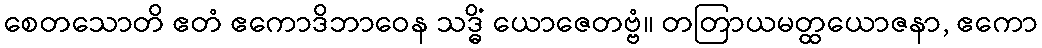
စေတသောတိ ဧတံ ဧကောဒိဘာဝေန သဒ္ဓိံ ယောဇေတဗ္ဗံ။ တတြာယမတ္ထယောဇနာ, ဧကော